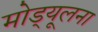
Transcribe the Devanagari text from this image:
मोड्यूलना